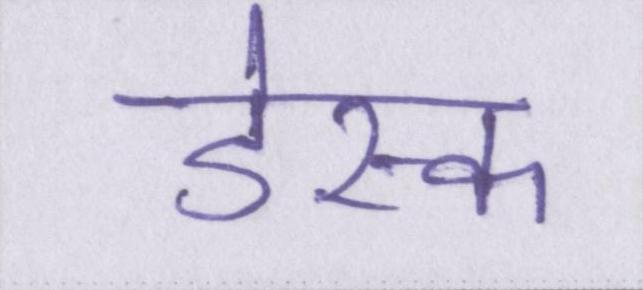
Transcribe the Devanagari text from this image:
डेस्क